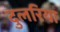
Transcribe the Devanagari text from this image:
दुलरिया